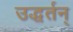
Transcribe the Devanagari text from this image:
उद्धर्तन्